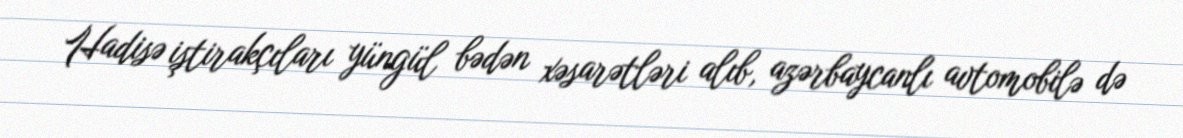
Hadisə iştirakçıları yüngül bədən xəsarətləri alıb, azərbaycanlı avtomobilə də